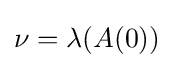
\nu =\lambda (A(0))